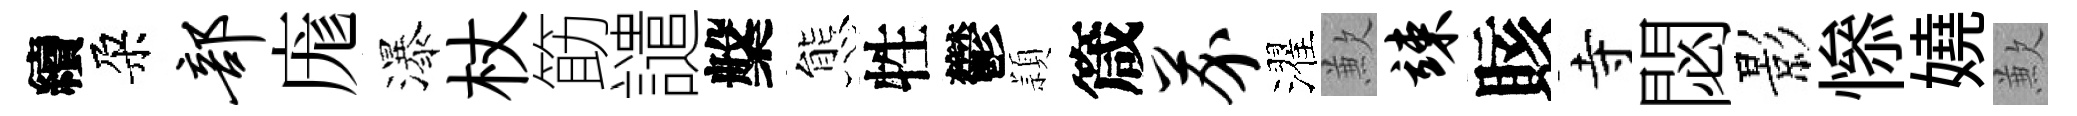
續朶部庬瀑杖筯譴槃態牲鬱頴箴芥濯歉竦賅寺閟影𢡖嬈歉